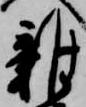
雑